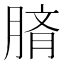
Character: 𦜢